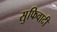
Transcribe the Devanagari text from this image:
सुफिवादी